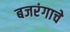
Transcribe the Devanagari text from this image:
बजरंगाचे